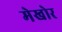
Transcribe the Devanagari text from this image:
मेखोर